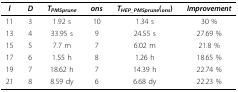
<table><thead><tr><td><b><i>l</i></b></td><td><b><i>D</i></b></td><td><b><i>T<sub>PMSprune</sub></i></b></td><td><b><i>ons</i></b></td><td><b><i>T<sub>HEP_PMSprune</sub></i>(<i><sub>ons</sub></i>)</b></td><td><b><i>Improvement</i></b></td></tr></thead><tbody><tr><td>11</td><td>3</td><td>1.92 s</td><td>10</td><td>1.34 s</td><td>30 %</td></tr><tr><td>13</td><td>4</td><td>33.95 s</td><td>9</td><td>24.55 s</td><td>27.69 %</td></tr><tr><td>15</td><td>5</td><td>7.7 m</td><td>7</td><td>6.02 m</td><td>21.8 %</td></tr><tr><td>17</td><td>6</td><td>1.55 h</td><td>8</td><td>1.26 h</td><td>18.65 %</td></tr><tr><td>19</td><td>7</td><td>18.62 h</td><td>7</td><td>14.39 h</td><td>22.74 %</td></tr><tr><td>21</td><td>8</td><td>8.59 dy</td><td>6</td><td>6.68 dy</td><td>22.23 %</td></tr></tbody></table>